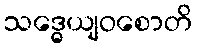
သဒ္ဓေယျဝစောတိ